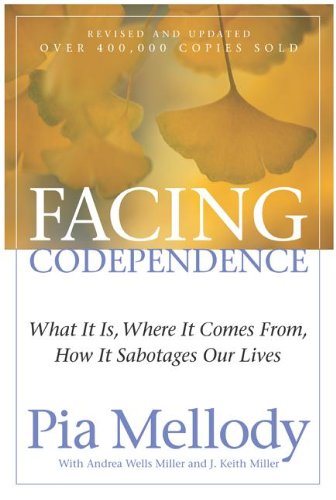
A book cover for Facing Codependence: What It Is, Where It Comes from, How It Sabotages Our Lives; Pia Mellody; Self-Help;